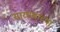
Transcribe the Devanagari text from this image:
सारण्याच्या